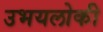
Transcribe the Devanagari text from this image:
उभयलोकी